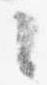
々